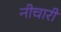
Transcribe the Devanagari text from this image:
नीचारी